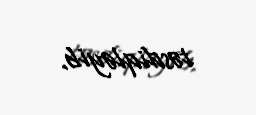
təsdiqləyib.